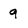
Character: 9